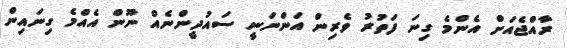
ރާއްޖެއަށް އެންމެ ގިނަ ފަތުރު ވެރިން އަންނަނީ ސައުދީންނެއް ނޫން އެއްމެ ގިނައިން